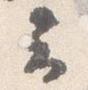
云